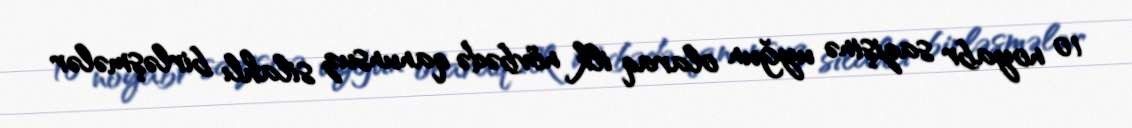
10 noyabr sazişinə uyğun olaraq ilk növbədə qanunsuz silahlı birləşmələr